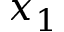
x _ { 1 }